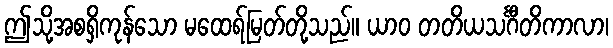
ဤသို့အစရှိကုန်သော မထေရ်မြတ်တို့သည်။ ယာဝ တတိယသင်္ဂီတိကာလာ၊